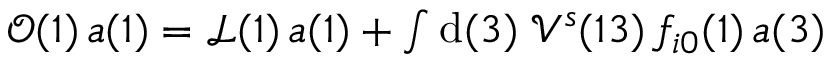
\begin{array} { r } { \mathcal { O } ( 1 ) \, a ( 1 ) = \mathcal { L } ( 1 ) \, a ( 1 ) + \int \mathrm { d } ( 3 ) \; \mathcal { V } ^ { s } ( 1 3 ) \, f _ { i 0 } ( 1 ) \, a ( 3 ) } \end{array}